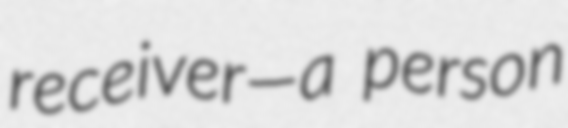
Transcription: receiver—a person